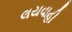
લયવાહી